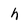
Character: h